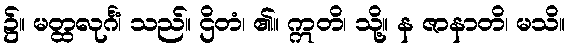
၌။ မတ္ထလုင်္ဂံ၊ သည်။ ဌိတံ၊ ၏။ ဣတိ၊ သို့။ န ဇာနာတိ၊ မသိ။